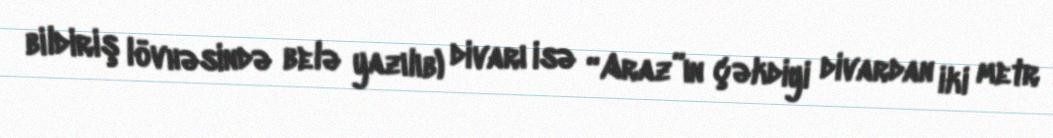
bildiriş lövhəsində belə yazılıb) divarı isə “Araz”ın çəkdiyi divardan iki metr